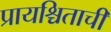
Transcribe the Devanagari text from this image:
प्रायश्चिताची